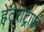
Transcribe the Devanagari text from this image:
हेटेरोट्राफों